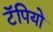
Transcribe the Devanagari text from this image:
टॅपियो